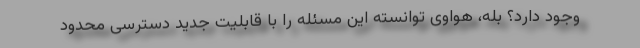
وجود دارد؟ بله، هواوی توانسته این مسئله را با قابلیت جدید دسترسی محدود